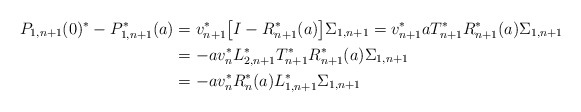
\begin{align*} P_{1,n+1}(0)^* - P_{1,n+1}^*(a) & = v_{n+1}^* \big[ I - R_{n+1}^*(a) \big] \Sigma_{1, n+1} = v_{n+1}^* a T_{n+1}^* R_{n+1}^*(a) \Sigma_{1, n+1} \\ & = -a v_{n}^* L_{2, n+1}^* T_{n+1}^* R_{n+1}^*(a) \Sigma_{1, n+1} \\ & = -a v_{n}^* R_{n}^*(a) L_{1, n+1}^* \Sigma_{1, n+1} \end{align*}